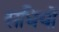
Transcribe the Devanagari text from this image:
सधियों